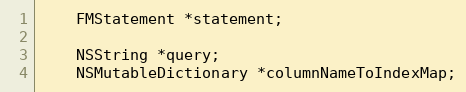
Language: C
    FMStatement *statement;

    NSString *query;
    NSMutableDictionary *columnNameToIndexMap;